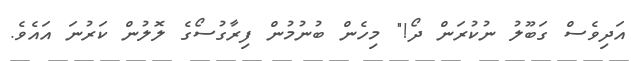
އަދިވެސް ގަބޫލު ނުކުރަން ދޯ!" މިހެން ބުނުމުން ފިރާގުސޯގެ ލޮލުން ކަރުނަ އައެވެ.